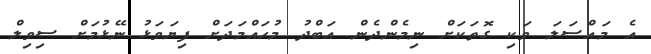
އެ މައްސަލަ ވަކި ގޮތަކަށް ނިމެންދެން އަބްދު މުހައްމަދަށް ފިޔަވަޅު ނޭޅުމަށް ސިވިލް